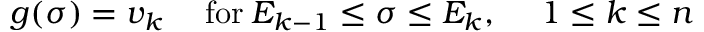
g ( \sigma ) = v _ { k } \quad \; \mathrm { f o r } \: E _ { k - 1 } \leq \sigma \leq E _ { k } , \quad \; 1 \leq k \leq n